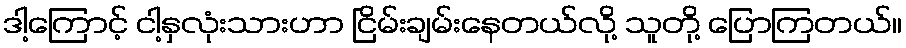
ဒါ့ကြောင့် ငါ့နှလုံးသားဟာ ငြိမ်းချမ်းနေတယ်လို့ သူတို့ ပြောကြတယ်။